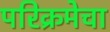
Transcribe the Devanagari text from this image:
परिक्रमेचा